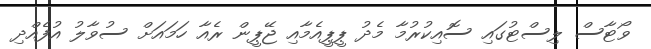
ވޯޓާސް ލިސްޓުގައި ސޮއިކުރުމާ މެދު ޕީޕީއެމާއި ޖޭޕީން ރެއާ ހަމައަށް ސުވާލު އުފެއްދި